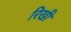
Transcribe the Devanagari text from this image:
रिखी